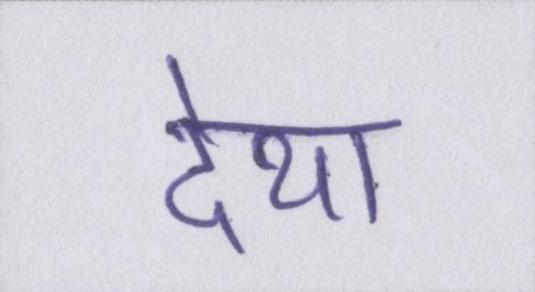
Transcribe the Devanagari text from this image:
देथा